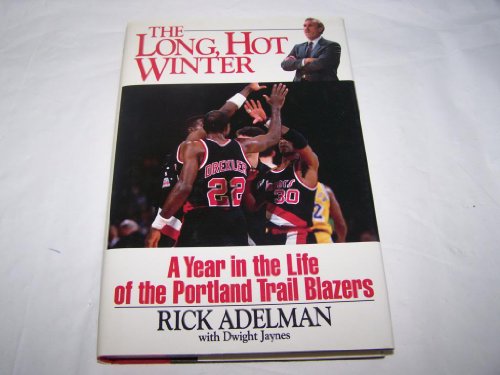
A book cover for The Long, Hot Winter: A Year in the Life of the Portland Trail Blazers; Rick Adelman; Sports & Outdoors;